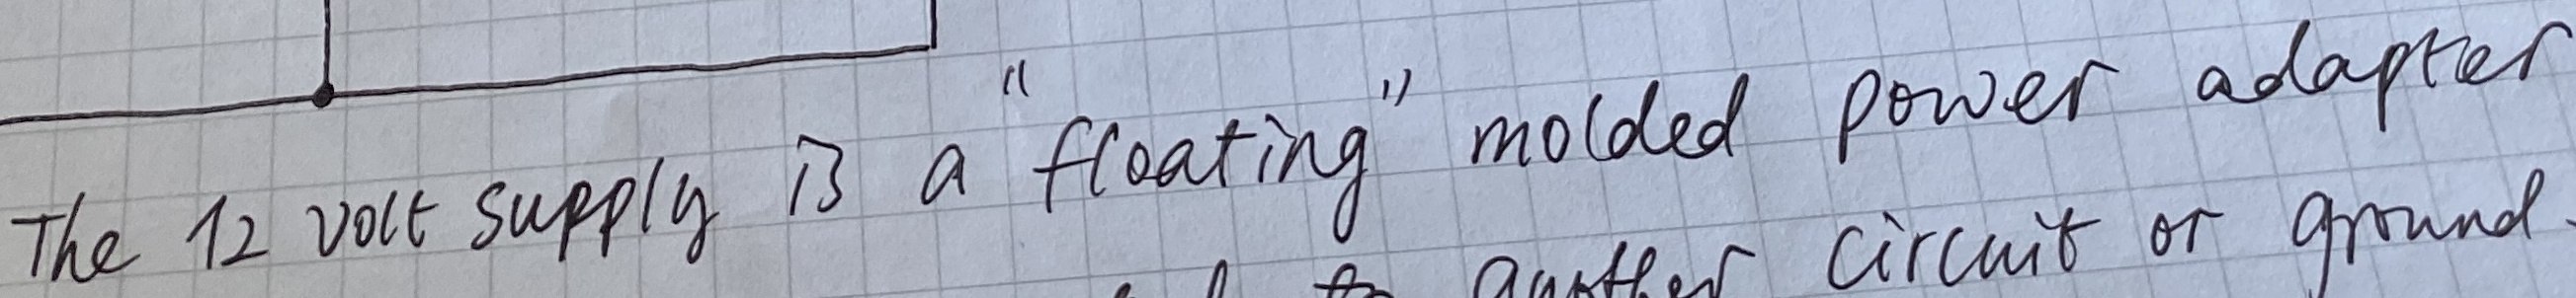
Text: The12 volt supply is a "floating" molded power adapter